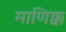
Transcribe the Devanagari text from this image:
माणिक्क